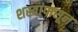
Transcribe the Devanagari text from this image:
शस्त्रांपासून